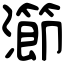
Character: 瀄